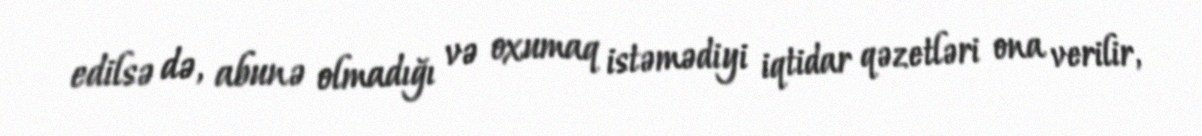
edilsə də, abunə olmadığı və oxumaq istəmədiyi iqtidar qəzetləri ona verilir,